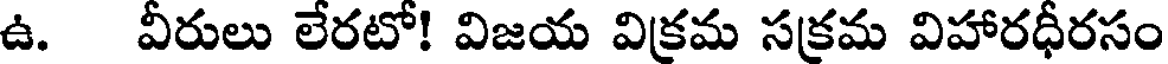
ఉ. వీరులు లేరటో! విజయ విక్రమ సక్రమ విహారధీరసం